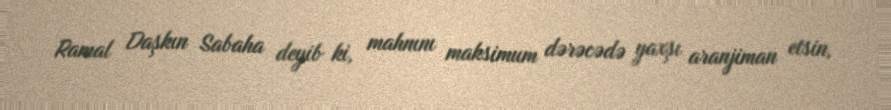
Ramal Daşkın Sabaha deyib ki, mahnını maksimum dərəcədə yaxşı aranjiman etsin,